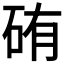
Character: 𥑿